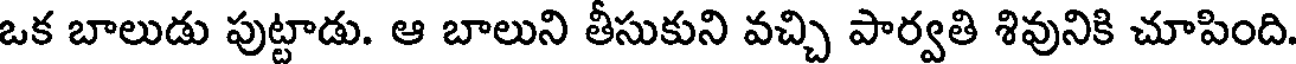
ఒక బాలుడు పుట్టాడు. ఆ బాలుని తీసుకుని వచ్చి పార్వతి శివునికి చూపింది